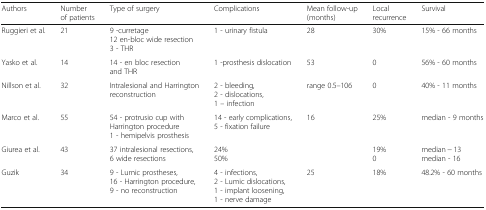
| Authors | Number of patients | Type of surgery | Complications | Mean follow-up (months) | Local recurrence | Survival |
 | --- | --- | --- | --- | --- | --- | --- |
 | Ruggieri et al. | 21 | 9 -curretage12 en-bloc wide resection3 - THR | 1 - urinary fistula | 28 | 30% | 15% - 66 months |
 | Yasko et al. | 14 | 14 - en bloc resection and THR | 1 -prosthesis dislocation | 53 | 0 | 56% - 60 months |
 | Nillson et al. | 32 | Intralesional and Harrington reconstruction | 2 - bleeding, 2 - dislocations, 1 – infection | range 0.5–106 | 0 | 40% - 11 months |
 | Marco et al. | 55 | 54 - protrusio cup with Harrington procedure1 - hemipelvis prosthesis | 14 - early complications, 5 - fixation failure | 16 | 25% | median - 9 months |
 | Giurea et al. | 43 | 37 intralesional resections, 6 wide resections | 24%50% |  | 19%0 | median − 13median - 16 |
 | Guzik | 34 | 9 - Lumic prostheses, 16 - Harrington procedure, 9 - no reconstruction | 4 - infections, 2 - Lumic dislocations, 1 - implant loosening, 1 - nerve damage | 25 | 18% | 48.2% - 60 months |